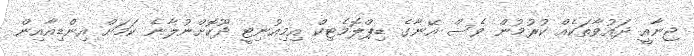
ޖިނާއީ ދައުވާތަކެއް ކުރުމުން ވެސް އޭނާގެ ޑިޕްލޮމެޓިކް އިމިއުނިޓީ ދޫކޮށްނުލާނެ ކަމަށް އިންޑިއާއިން